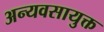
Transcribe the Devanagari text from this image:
अन्यवसायुक्त